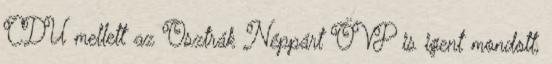
CDU mellett az Osztrák Néppárt ÖVP is igent mondott,